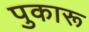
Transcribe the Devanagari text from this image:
पुकारू